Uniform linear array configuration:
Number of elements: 32
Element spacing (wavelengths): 1
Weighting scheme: kaiser
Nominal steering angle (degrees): -60
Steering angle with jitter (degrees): -60.89
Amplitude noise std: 0.05
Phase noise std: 0.05

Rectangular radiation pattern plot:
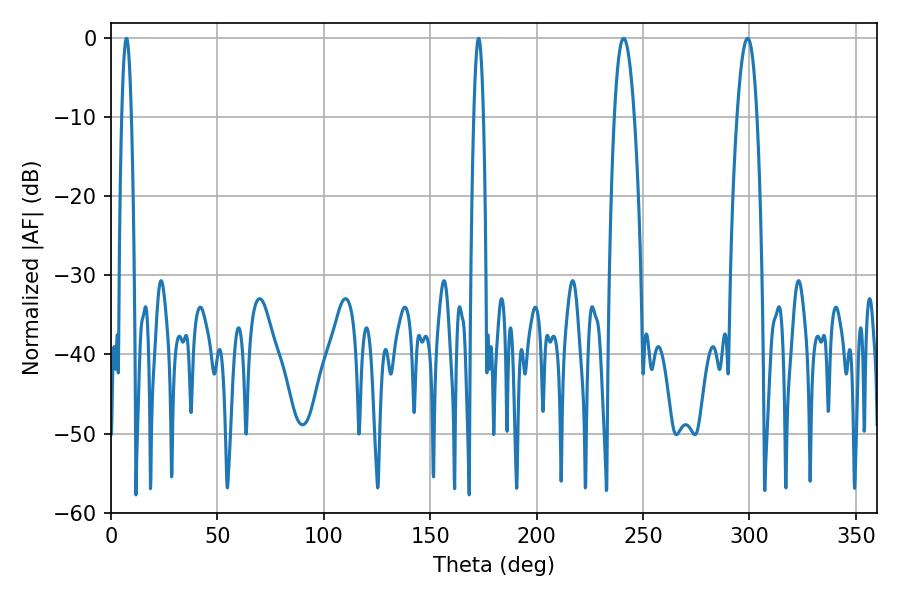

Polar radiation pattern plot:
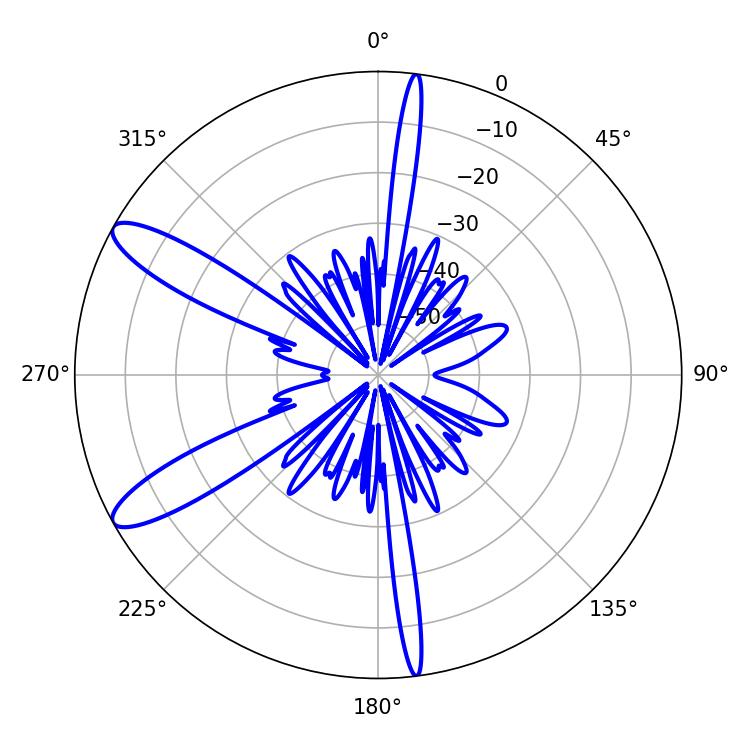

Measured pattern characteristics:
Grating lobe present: TRUE
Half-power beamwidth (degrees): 5.22
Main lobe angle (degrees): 240.84